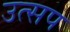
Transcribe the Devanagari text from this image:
उत्सप